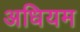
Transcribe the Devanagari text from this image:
अधियम